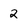
Character: 2